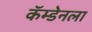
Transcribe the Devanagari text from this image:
कॅम्डेनला